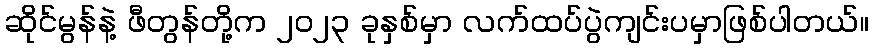
ဆိုင်မွန်နဲ့ ဖီတွန်တို့က ၂၀၂၃ ခုနှစ်မှာ လက်ထပ်ပွဲကျင်းပမှာဖြစ်ပါတယ်။